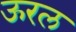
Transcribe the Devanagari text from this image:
ऊरल